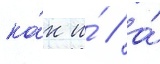
ка́к и́ / а́